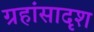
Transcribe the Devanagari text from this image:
ग्रहांसादृश